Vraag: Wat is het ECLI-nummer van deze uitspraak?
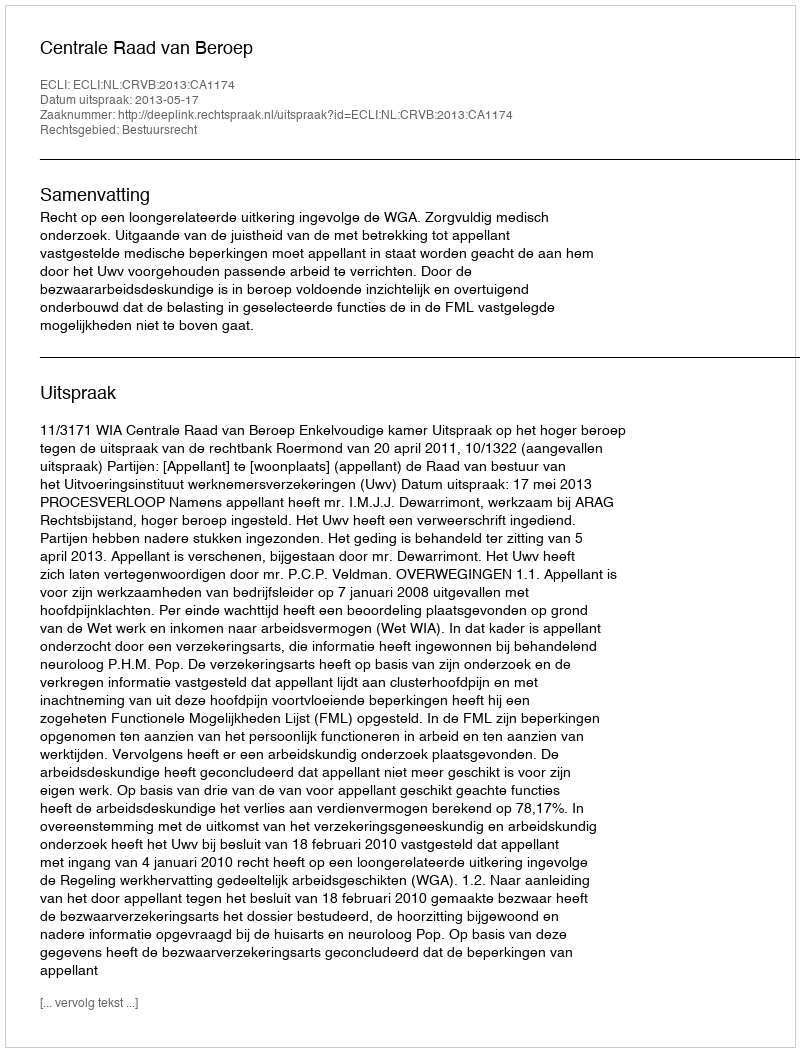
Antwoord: ECLI:NL:CRVB:2013:CA1174